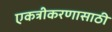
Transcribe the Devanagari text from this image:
एकत्रीकरणासाठी